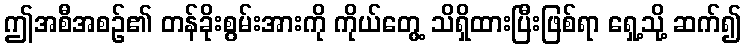
ဤအစီအစဉ်၏ တန်ခိုးစွမ်းအားကို ကိုယ်တွေ့ သိရှိထားပြီးဖြစ်ရာ ရှေ့သို့ ဆက်၍